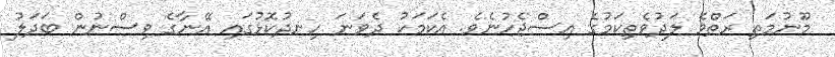
މޫނުމަތި ރަތްވެ ލަދުވެތިކަމުގެ އިސްޖެހުނެވެ. އެކަމަކު ދެވަނަ ހިނދުކޮޅުގައި އޭނާގެ ވިސްނުން ބަދަލު